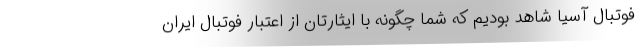
فوتبال آسیا شاهد بودیم که شما چگونه با ایثارتان از اعتبار فوتبال ایران